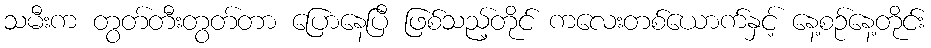
သမီးက တွတ်တီးတွတ်တာ ပြောနေပြီ ဖြစ်သည့်တိုင် ကလေးတစ်ယောက်နှင့် နေ့စဉ်နေ့တိုင်း